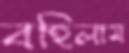
বহিলাম